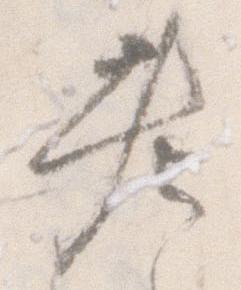
老